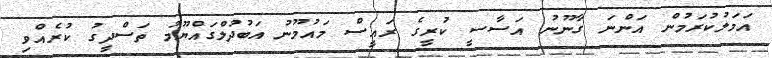
އަމަލުކުރަމުން އަންނަ ގާނޫނު އަސާސީ ކުރީގެ ރައީސް މައުމޫނު އަބުދުލްގައްޔޫމު ތަސްދީގު ކުރެއްވި